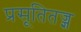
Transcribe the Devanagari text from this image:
प्रसूतितज्ज्ञ